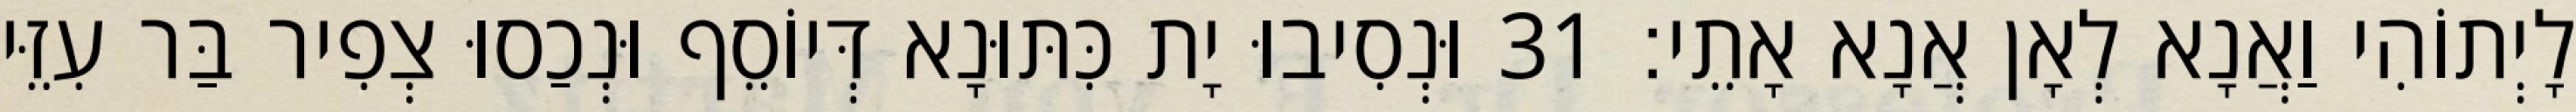
לָיְתוֹהִי וַאֲנָא לְאָן אֲנָא אָתֵי׃ 31 וּנְסִיבוּ יָת כִּתּוּנָא דְּיוֹסֵף וּנְכַסוּ צְפִיר בַּר עִזֵּי